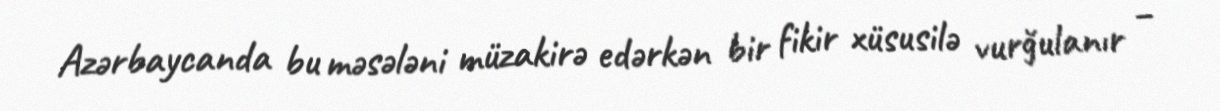
Azərbaycanda bu məsələni müzakirə edərkən bir fikir xüsusilə vurğulanır –